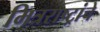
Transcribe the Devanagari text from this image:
मित्रराष्ट्रांचे